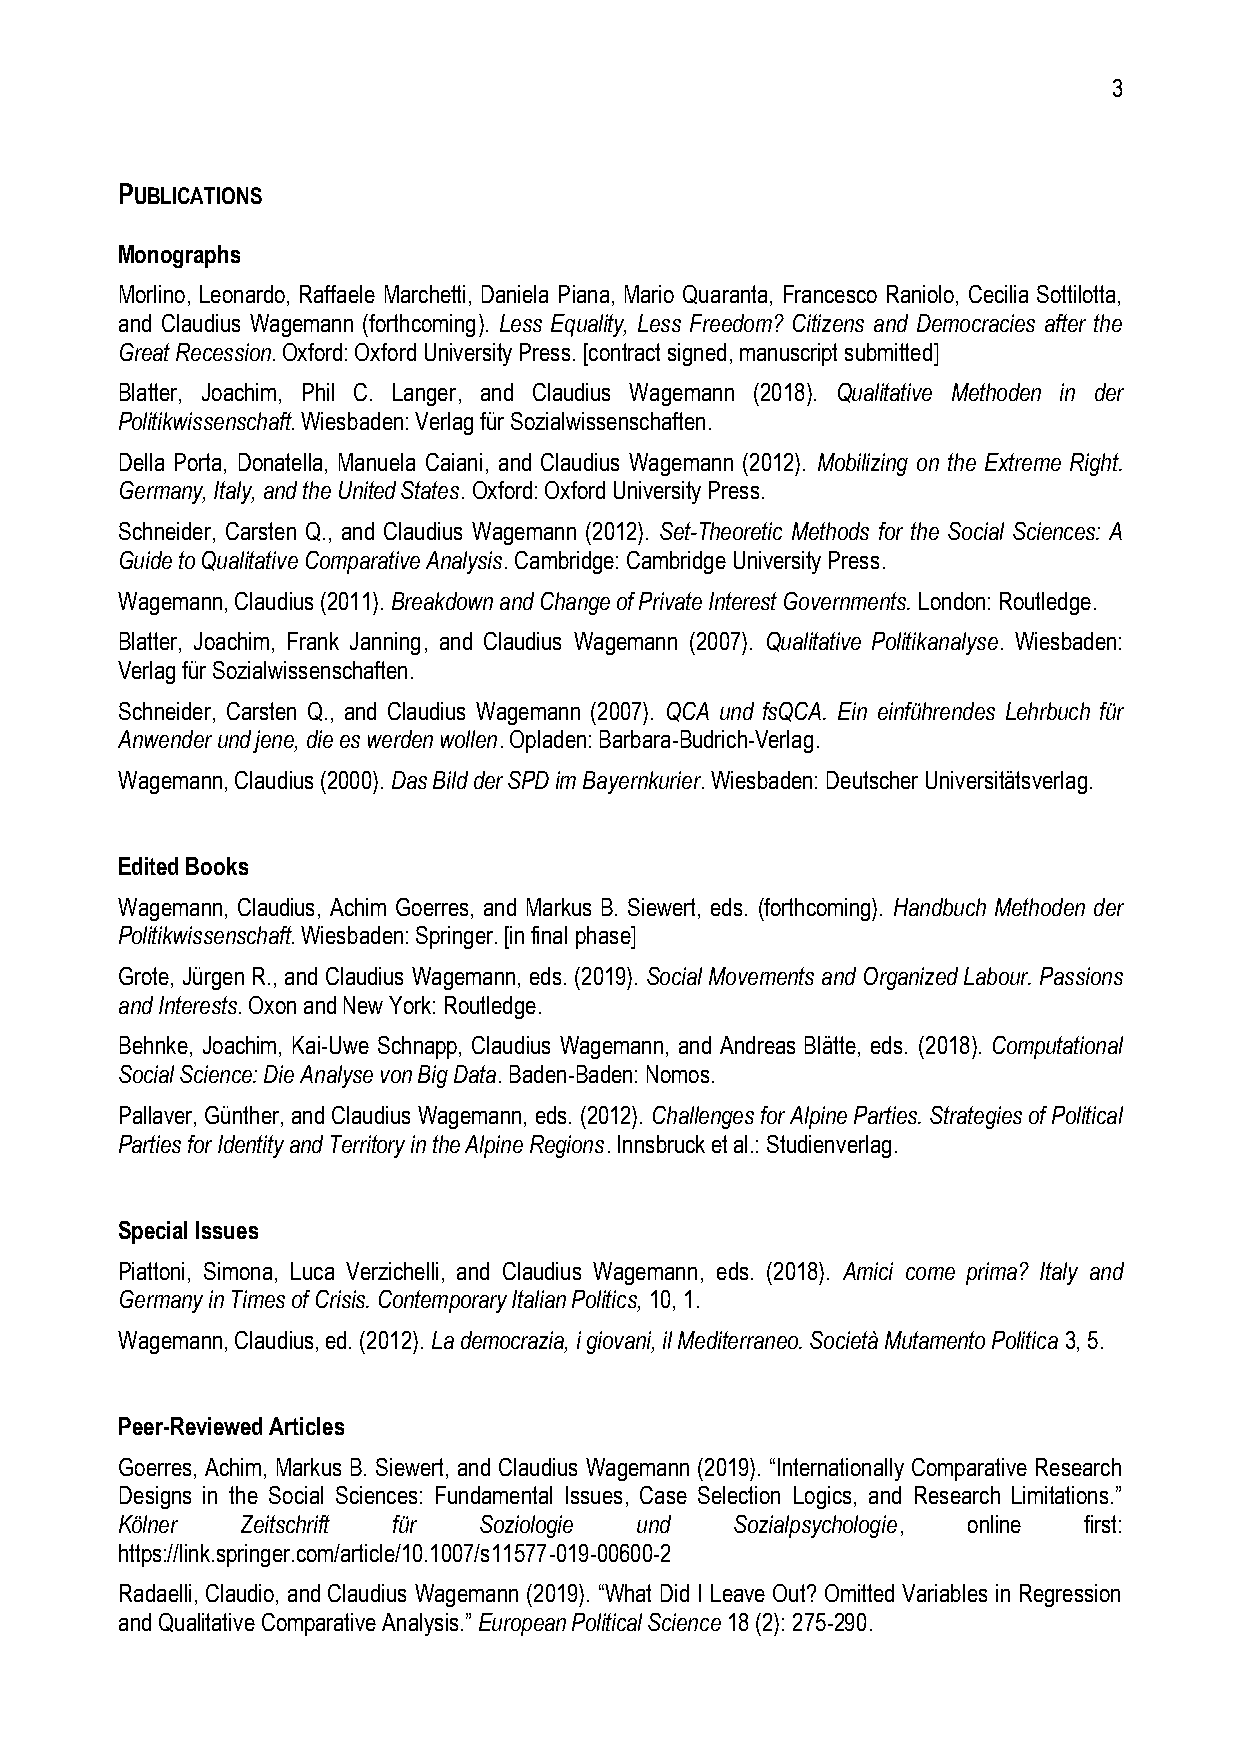
3
 PUBLICATIONS
 Monographs
 Morlino, Leonardo, Raffaele Marchetti, Daniela Piana, Mario Quaranta, Francesco Raniolo, Cecilia Sottilotta,
 and Claudius Wagemann (forthcoming). Less Equality, Less Freedom? Citizens and Democracies after the
 Great Recession. Oxford: Oxford University Press. [contract signed, manuscript submitted]
 Blatter, Joachim, Phil C. Langer, and Claudius Wagemann (2018). Qualitative Methoden in der
 Politikwissenschaft. Wiesbaden: Verlag für Sozialwissenschaften.
 Della Porta, Donatella, Manuela Caiani, and Claudius Wagemann (2012). Mobilizing on the Extreme Right.
 Germany, Italy, and the United States. Oxford: Oxford University Press.
 Schneider, Carsten Q., and Claudius Wagemann (2012). Set-Theoretic Methods for the Social Sciences: A
 Guide to Qualitative Comparative Analysis. Cambridge: Cambridge University Press.
 Wagemann, Claudius (2011). Breakdown and Change of Private Interest Governments. London: Routledge.
 Blatter, Joachim, Frank Janning, and Claudius Wagemann (2007). Qualitative Politikanalyse. Wiesbaden:
 Verlag für Sozialwissenschaften.
 Schneider, Carsten Q., and Claudius Wagemann (2007). QCA und fsQCA. Ein einführendes Lehrbuch für
 Anwender und jene, die es werden wollen. Opladen: Barbara-Budrich-Verlag.
 Wagemann, Claudius (2000). Das Bild der SPD im Bayernkurier. Wiesbaden: Deutscher Universitätsverlag.
 Edited Books
 Wagemann, Claudius, Achim Goerres, and Markus B. Siewert, eds. (forthcoming). Handbuch Methoden der
 Politikwissenschaft. Wiesbaden: Springer. [in final phase]
 Grote, Jürgen R., and Claudius Wagemann, eds. (2019). Social Movements and Organized Labour. Passions
 and Interests. Oxon and New York: Routledge.
 Behnke, Joachim, Kai-Uwe Schnapp, Claudius Wagemann, and Andreas Blätte, eds. (2018). Computational
 Social Science: Die Analyse von Big Data. Baden-Baden: Nomos.
 Pallaver, Günther, and Claudius Wagemann, eds. (2012). Challenges for Alpine Parties. Strategies of Political
 Parties for Identity and Territory in the Alpine Regions. Innsbruck et al.: Studienverlag.
 Special Issues
 Piattoni, Simona, Luca Verzichelli, and Claudius Wagemann, eds. (2018). Amici come prima? Italy and
 Germany in Times of Crisis. Contemporary Italian Politics, 10, 1.
 Wagemann, Claudius, ed. (2012). La democrazia, i giovani, il Mediterraneo. Società Mutamento Politica 3, 5.
 Peer-Reviewed Articles
 Goerres, Achim, Markus B. Siewert, and Claudius Wagemann (2019). “Internationally Comparative Research
 Designs in the Social Sciences: Fundamental Issues, Case Selection Logics, and Research Limitations.”
 Kölner  Zeitschrift für Soziologie und   Sozialpsychologie, online first:
 https://link.springer.com/article/10.1007/s11577-019-00600-2
 Radaelli, Claudio, and Claudius Wagemann (2019). “What Did I Leave Out? Omitted Variables in Regression
 and Qualitative Comparative Analysis.” European Political Science 18 (2): 275-290.